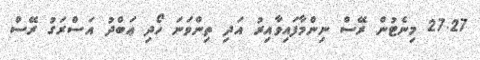
27.27 މިނެޓުން ރޭސް ނިންމާފައިވާއިރު އަދި ތިންވަނަ ހޯދި ޢަބްދު އަސްރަގު ރޭސް